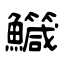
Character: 鱵